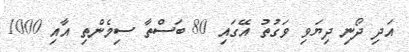
އަދި ދޯނި ދިޔަވި ވަގުތު އޭގައި 80 ބަސްތާ ސިމެންތި އާއި 1000